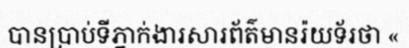
បានប្រាប់ទីភ្នាក់ងារសារព័ត៌មានរ៉យទ័រថា «